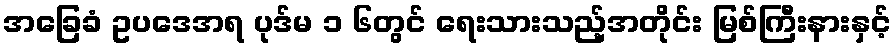
အခြေခံ ဥပဒေအရ ပုဒ်မ ၁ ၆တွင် ရေးသားသည့်အတိုင်း မြစ်ကြီးနားနှင့်